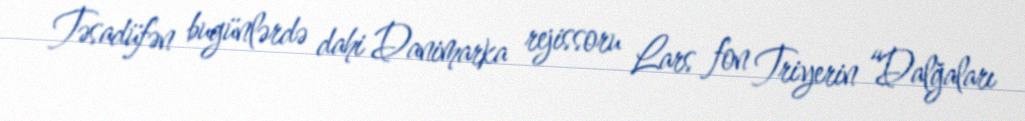
Təsadüfən bugünlərdə dahi Danimarka rejissoru Lars fon Triyerin “Dalğaları